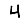
Digit: 4